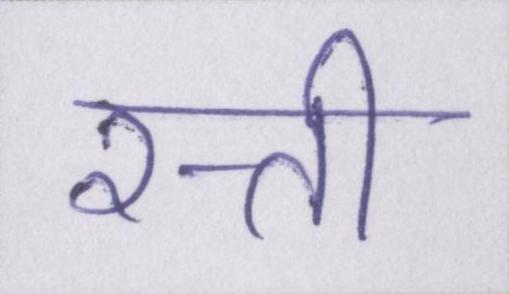
रत्ती